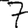
Digit: 7